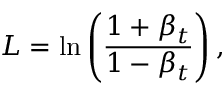
{ \cal L } = \ln \left( \frac { 1 + \beta _ { t } } { 1 - \beta _ { t } } \right) , \quad